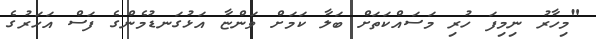
"މިހާރު ނިމިފަ ހުރި މަސައްކަތަށް ބަލާ ކަމަށް ވަންޏާ އަޅުގަނޑުމެންގެ ފަސް އަހަރުގެ